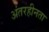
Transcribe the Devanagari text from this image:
अंतरहीनता